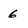
Character: 6